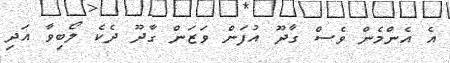
އެ އެންމެން ވެސް ގާދޫ އުފަން ވަޒަން ގާދޫ ދެކެ ލޯބިވާ އަދި